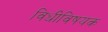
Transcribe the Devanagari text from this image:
विधीविषयक